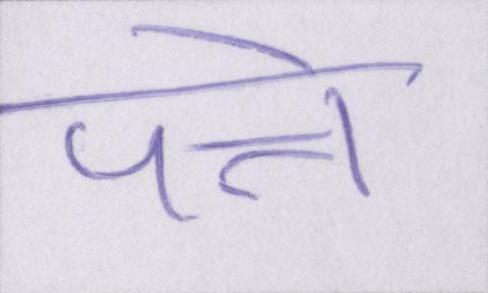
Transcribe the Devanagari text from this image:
पत्ते